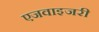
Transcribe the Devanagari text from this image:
एजवाइजरी